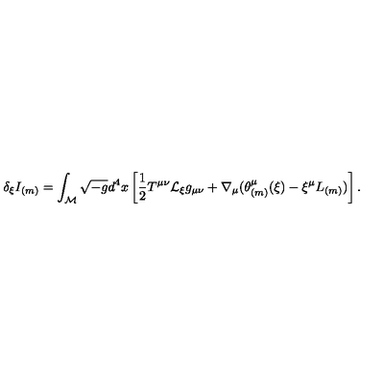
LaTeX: \delta _ { \xi } I _ { ( m ) } = \int _ { \cal M } \sqrt { - g } d ^ { 4 } x \left[ \frac 1 2 T ^ { \mu \nu } { \cal L } _ { \xi } g _ { \mu \nu } + \nabla _ { \mu } ( \theta _ { ( m ) } ^ { \mu } ( \xi ) - \xi ^ { \mu } L _ { ( m ) } ) \right] .